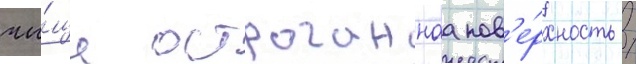
чи́ще остроганнаа пов'е́рхность /